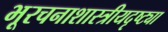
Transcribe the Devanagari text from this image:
भूरचनाशास्त्रीयदृष्ट्या